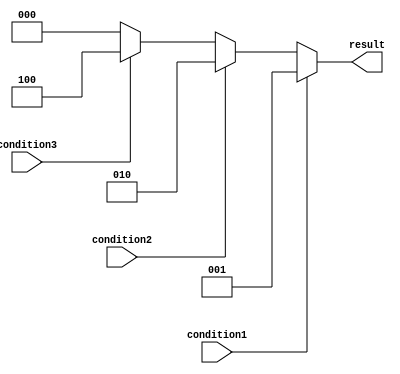
module multiple_if_else (
    input wire condition1,
    input wire condition2,
    input wire condition3,
    output reg [2:0] result
);

always @(*)
begin
    if(condition1)
        result = 3'b001;
    else if(condition2)
        result = 3'b010;
    else if(condition3)
        result = 3'b100;
    else
        result = 3'b000;
end

endmodule